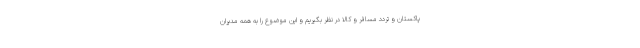
پاکستان و تردد مسافر و کالا در نظر بگیریم و این موضوع را به همه مدیران